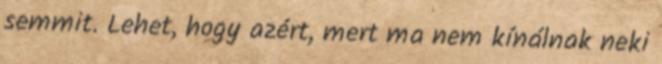
semmit. Lehet, hogy azért, mert ma nem kínálnak neki